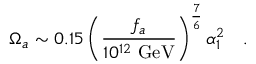
\Omega _ { a } \sim 0 . 1 5 \left( { \frac { f _ { a } } { 1 0 ^ { 1 2 } ~ \mathrm { G e V } } } \right) ^ { \frac { 7 } { 6 } } \alpha _ { 1 } ^ { 2 } ~ ~ \ .